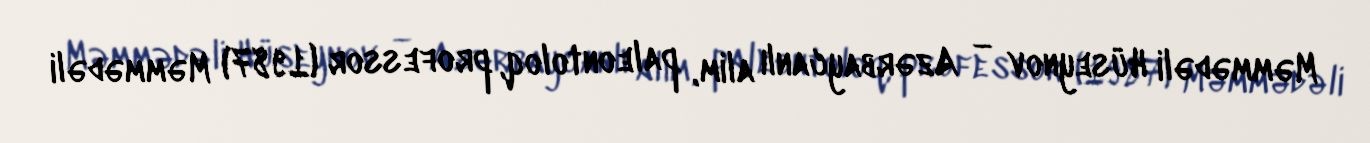
Məmmədəli Hüseynov — Azərbaycanlı alim, paleontoloq, professor (1987) Məmmədəli